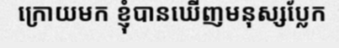
ក្រោយមក ខ្ញុំបានឃើញមនុស្សប្លែក